Medical and sanitary report of the native army of Bengal for the year
Year: 1874
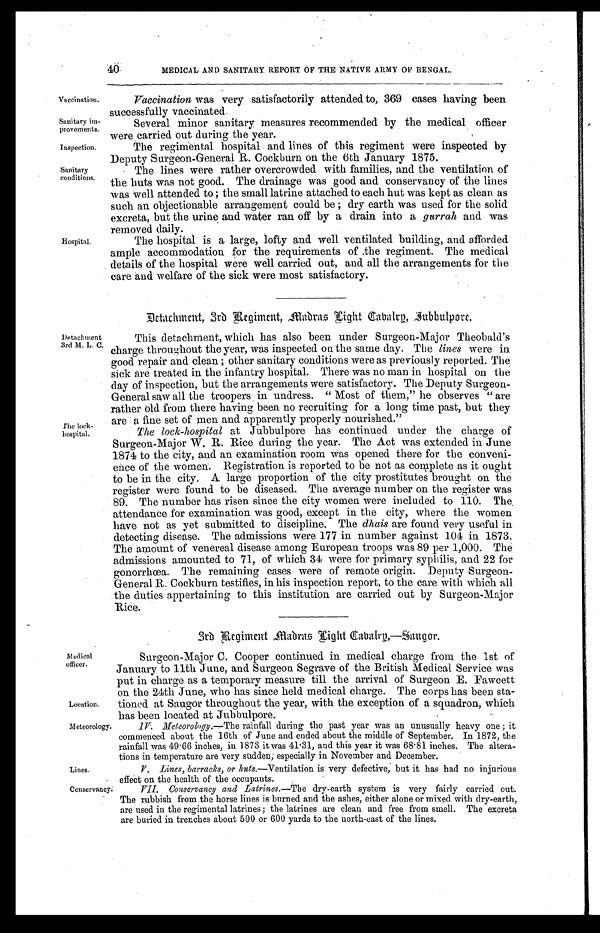
Location.
Meteorology.
Lines.
Conservancy.
40
MEDICAL AND SANITARY REPORT OF THE NATIVE ARMY OF BENGAL.
Vaccination.
Sanitary im-
provements.
Inspection.
Sanitary
conditions.
Hospital.
Vaccination was very satisfactorily attended to, 369 cases having been
successfully vaccinated.
Several minor sanitary measures recommended by the medical officer
were carried out during the year.
The regimental hospital and lines of this regiment were inspected by
Deputy Surgeon-General R. Cockburn on the 6th January 1875.
The lines were rather overcrowded with families, and the ventilation of
the huts was not good. The drainage was good and conservancy of the lines
was well attended to ; the small latrine attached to each hut was kept as clean as
such an objectionable arrangement could be ; dry earth was used for the solid
excreta, but the urine and water ran off by a drain into a gurrah and was
removed daily.
The hospital is a large, lofty and well ventilated building, and afforded
ample accommodation for the requirements of ,the regiment. The medical
details of the hospital were well carried out, and all the arrangements for the
care and welfare of the sick were most satisfactory.
Dctachment, 3rd Regiment Madras Light Cabalrd, Jubbulporr.
Detachment
3rd M. L. C.
The lock-
hospital.
This detachment, which has also been under Surgeon-Major Theobald's
charge throughout the year, was inspected on the same day. The lines were in
good repair and clean ; other sanitary conditions were as previously reported. The
sick are treated in the infantry hospital. There was no man in hospital on the
day of inspection, but the arrangements were satisfactory. The Deputy Surgeon-
General saw all the troopers in undress. " Most of them," he observes " are
rather old from there having been no recruiting for a long time past, but they
are a fine set of men and apparenty properly nourished."
The lock-hospital at Jubbulpore has continued under the charge of
Surgeon-Major W. R. Rice during the year. The Act was extended in June
1874 to the city, and an examination room was opened there for the conveni-
ence of the women. Registration is reported to be not as complete as it ought
to be in the city. A large proportion of the city prostitutes brought on the
register were found to be diseased. The average number on the register was
89. The number has risen since the city women were included to 110. The
attendance for examination was good, except in the city, where the women
have not as yet submitted to discipline. The dhais are found very useful in
detecting disease. The admissions were 177 in number against 104 in 1873.
The amount of venereal disease among European troops was 89 per 1,000. The
admissions amounted to 71, of which 34 were for primary syphilis, and 22 for
gonorrhœa. The remaining cases were of remote origin. Deputy Surgeon-
General R. Cockburn testifies, in his inspection report, to the care with which all
the duties appertaining to this institution are carried out by Surgeon-Major
Rice.
Medical
officer.
3rd Regiment madras Light Cabalry,—Saugor.
Sureon-Major C. Cooper continued in medical charge from the 1st of
January to 11th June, and Surgeon Segrave of the British Medical Service was
put in charge as a temporary measure till the arrival of Surgeon E. Fawcett
on the 24th June, who has since held medical charge. The corps has been sta-
tioned at Saugor throughout the year, with the exception of a squadron, which
has been located at Jubbulpore.
•
IV Meteorology.— The rainfall during the past year was an unusually heavy one ; it
commenced about the 16th of June and ended about the middle of September. In 1872, the
rainfall was 49 . 66 inches, in 1873 it was 41 .31, and this year, it was 68 . 81 inches. The altera-
tions in temperature are very sudden; especially in November and December.
V. Lines, barracks, or huts.—Ventilation is very defective, but it bas bad no injurious
effect on the health of the occupants.
VII. Conservancy and Latrines.—The dry-earth system is very fairly carried out.
The rubbish from the horse lines is burned and the ashes, either alone or mixed with dry-earth,
are used in the regimental latrines; the latrines are clean and free from smell. The excreta
are buried in trenches about 500 or 600 yards to the north-east of the lines.